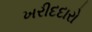
ખરીદદારો